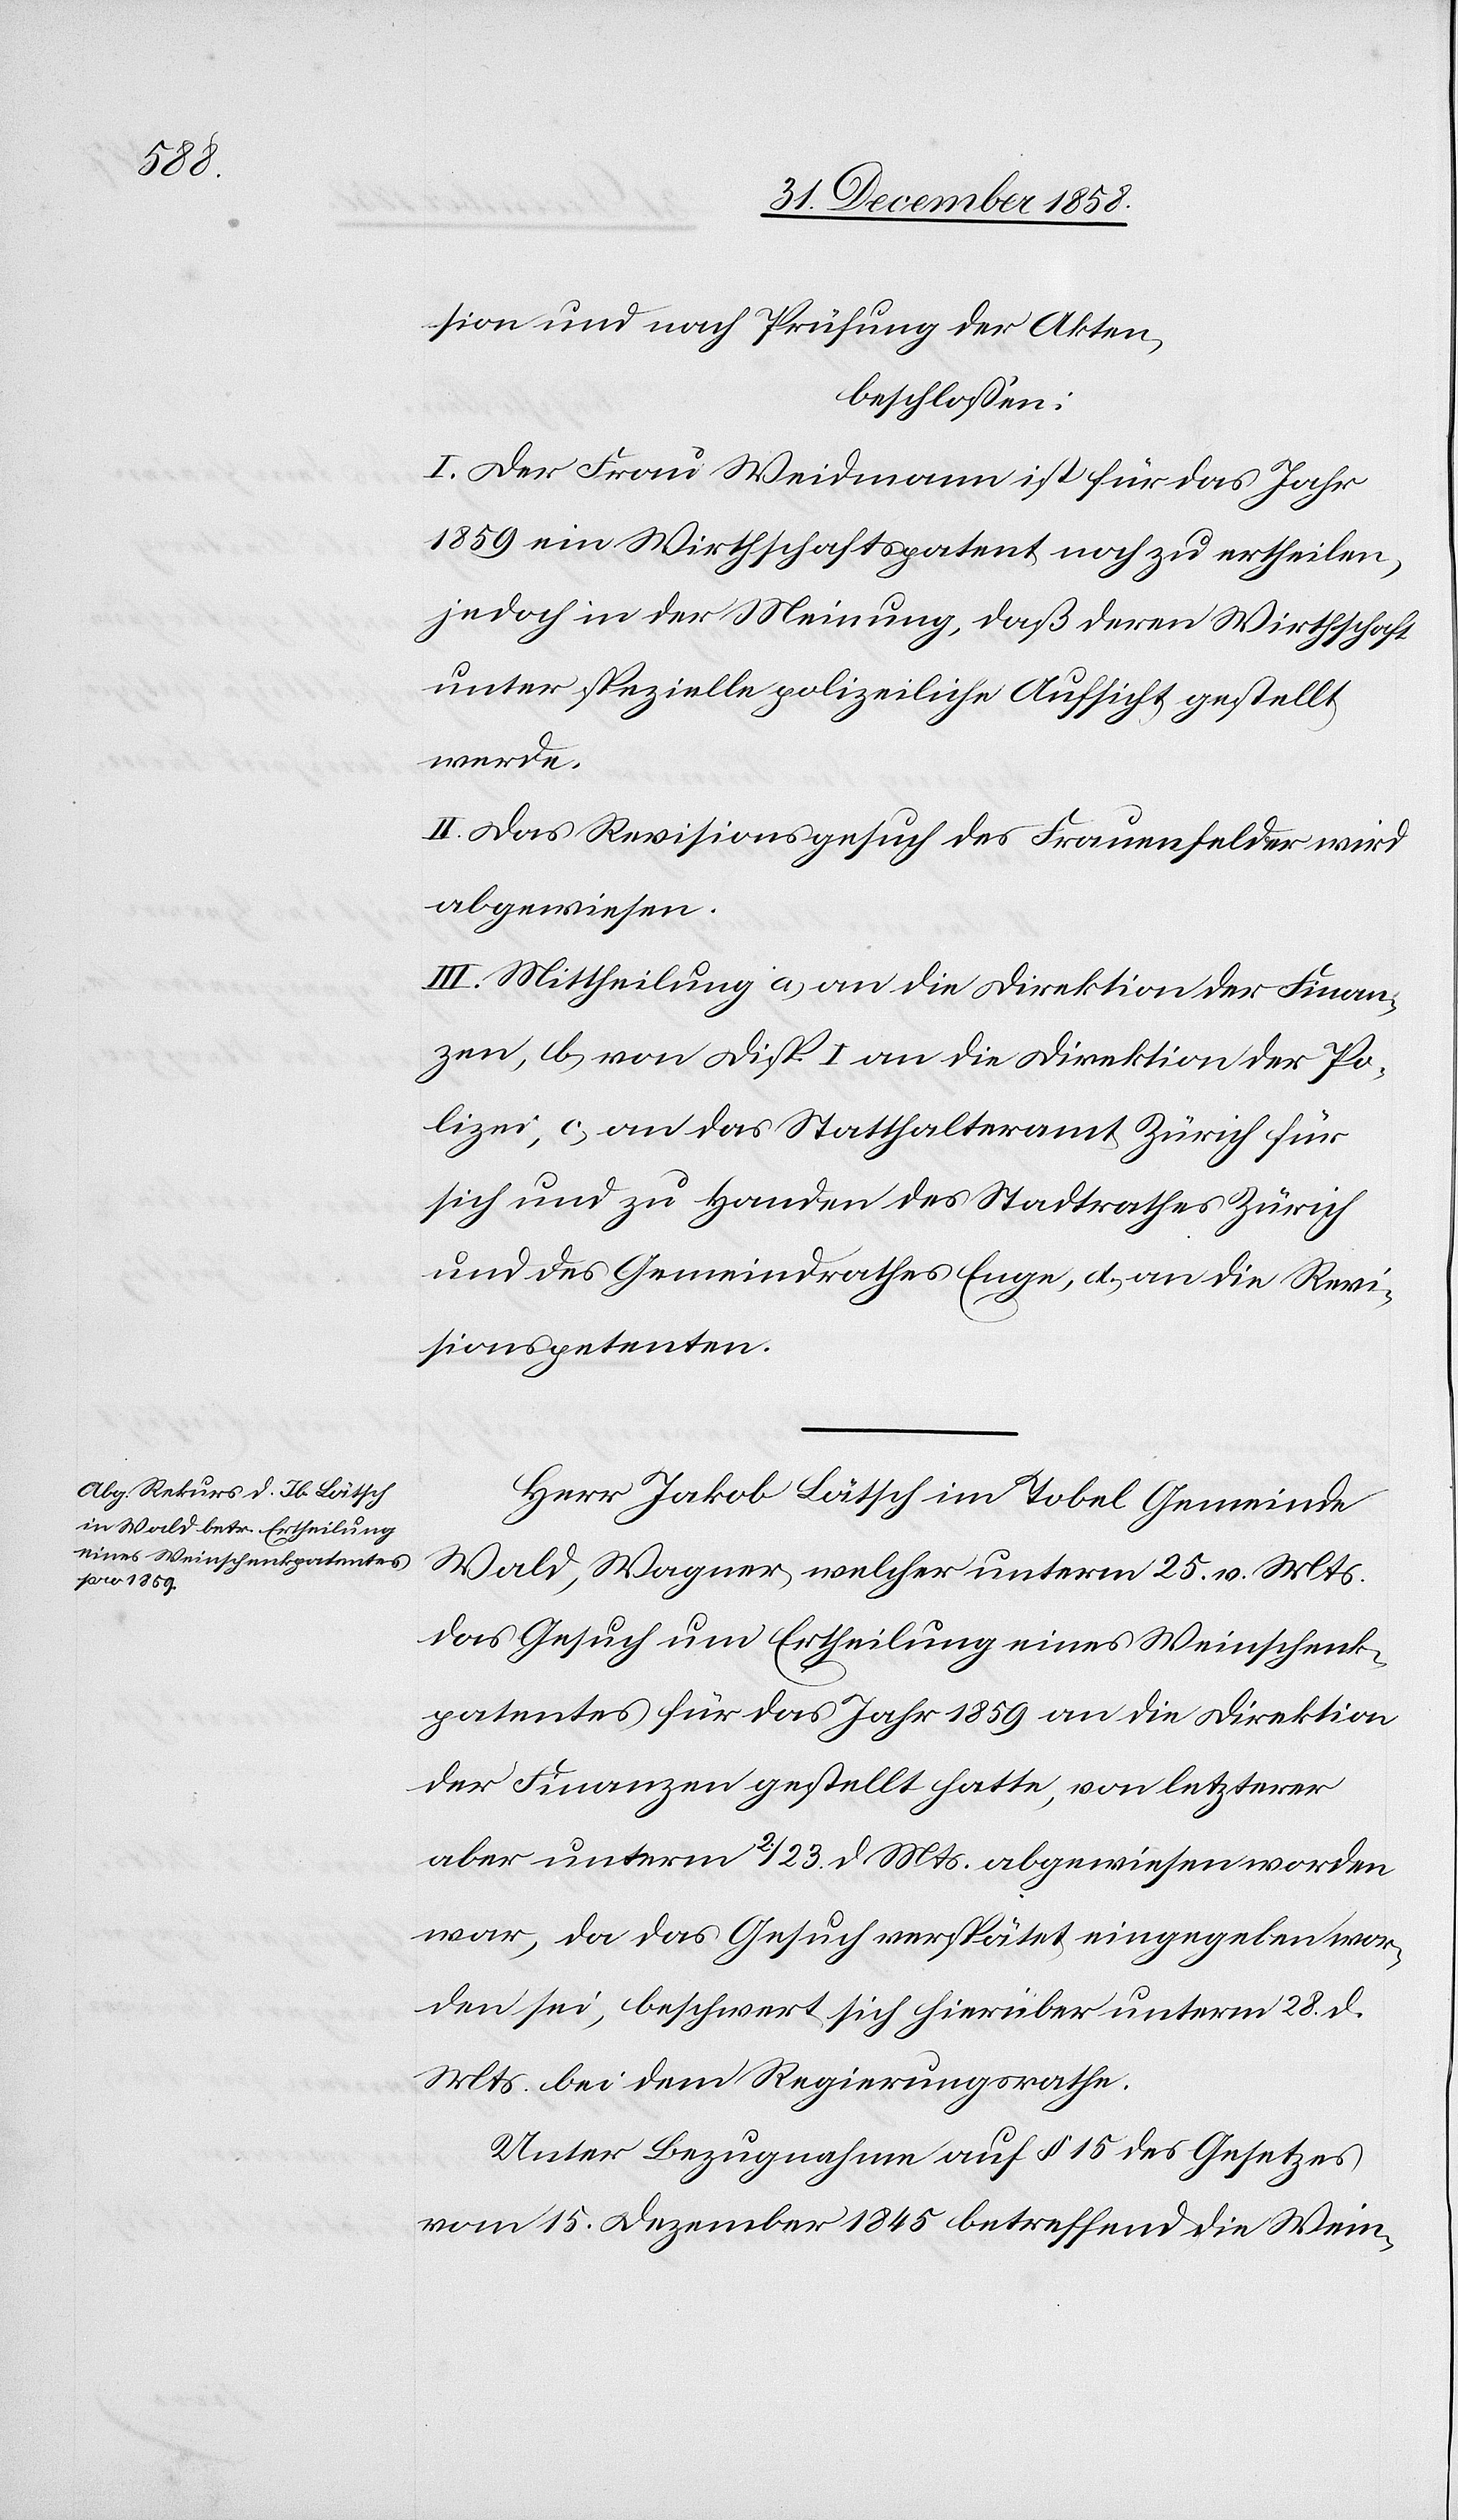
sion und nach Prüfung der Akten,
beschlossen:
I. Der Frau Weidmann ist für das Jahr
1859 ein Wirthschaftspatent noch zu ertheilen,
jedoch in der Meinung, daß deren Wirthschaft
unter spezielle polizeiliche Aufsicht gestellt
werde.
II. Das Revisionsgesuch des Frauenfelder wird
abgewiesen.
III. Mittheilung a) an die Direktion der Finan¬
zen, b) von Disp. I an die Direktion der Po¬
lizei, c) an das Statthalteramt Zürich für
sich und zu Handen des Stadtrathes Zürich
und des Gemeindrathes Enge, d) an die Revi¬
sionspetenten.
Herr Jakob Lätsch im Tobel Gemeinde
Wald, Wagner, welcher unterm 25. v. Mts.
das Gesuch um Ertheilung eines Weinschenk¬
patentes für das Jahr 1859 an die Direktion
der Finanzen gestellt hatte, von letzterer
aber unterm 2./23. d. Mts. abgewiesen worden
war, da das Gesuch verspätet eingegeben wor¬
den sei, beschwert sich hierüber unterm 28. d.
Mts. bei dem Regierungsrathe.
Unter Bezugnahme auf § 15 des Gesetzes
vom 15. Dezember 1845 betreffend die Wein-